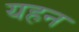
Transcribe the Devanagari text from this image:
यहन